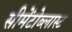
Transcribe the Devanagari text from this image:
सीमेंटोब्लास्ट